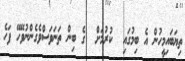
ތިޔަބައިމީހުން އެ ބިމުގައި  ކުރުމަށް  ގެ ބިން ތަނަވަސްވެގެންނުވޭހޭ ފަހެ